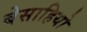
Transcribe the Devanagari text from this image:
बेसाहियो